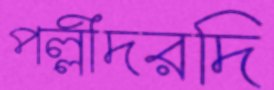
পল্লীদরদি